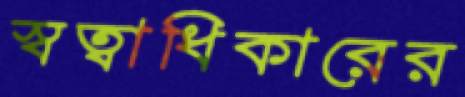
স্বত্বাধিকারের